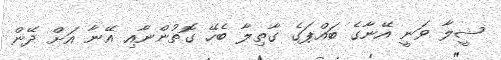
ޝީލާ ވަނީ އޭނާގެ ބައްޕަގެ ގާތިލާ ބެހޭ ގޮތުންނާއި އޭނާ އަށް ދޭން